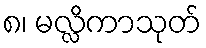
၈၊ မလ္လိကာသုတ်